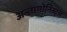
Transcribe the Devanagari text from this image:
अन्तागोनिस्ट्स